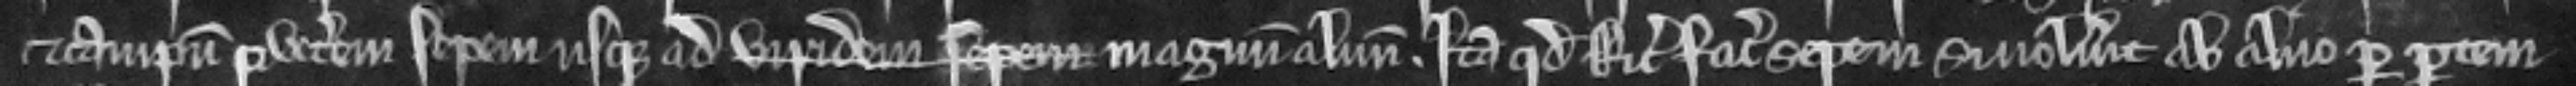
et campum per veterem sepem usque ad magnum alnum. ita quod Ricardus faciat sepem si voluerit ab alno per partem